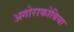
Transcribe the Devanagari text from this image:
अगोराफोबिया